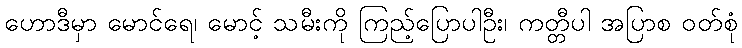
ဟောဒီမှာ မောင်ရေ၊ မောင့် သမီးကို ကြည့်ပြောပါဦး၊ ကတ္တီပါ အပြာစ ဝတ်စုံ